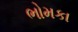
ભોમકા